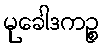
မုခေါဒကဉ္စ